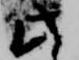
此